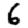
Digit: 6